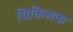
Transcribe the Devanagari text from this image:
चिकिसक